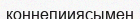
коннепииясымен